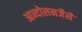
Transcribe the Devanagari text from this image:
आन्दोलनजैसे